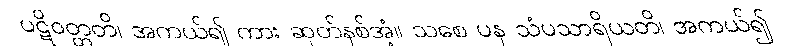
ပဋိဝတ္တတိ၊ အကယ်၍ ကား ဆုတ်နစ်အံ့။ သစေ ပန သံပသာရိယတိ၊ အကယ်၍